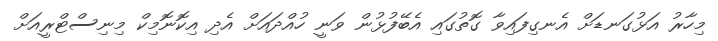
މިހާރު އަޅުގަނޑަށް އެނގިފައިވާ ގޮތުގައި އެބޭފުޅުން ވަނީ ހުއްދައަށް އެދި އިކޮނޮމިކް މިނިސްޓްރީއަށް